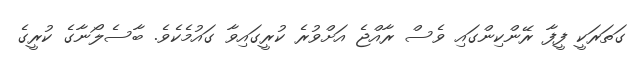
ގަތަރަކީ ފީފާ ރޭންކިންގައި ވެސް ރާއްޖެ އަށްވުރެ ކުރީގައިވާ ގައުމެކެވެ. ބާސެލޯނާގެ ކުރީގެ